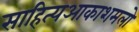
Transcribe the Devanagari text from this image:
साहित्‍यआकाशमलो